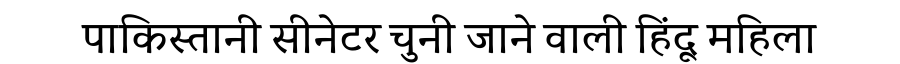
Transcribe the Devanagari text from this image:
पाकिस्तानी सीनेटर चुनी जाने वाली हिंदू महिला